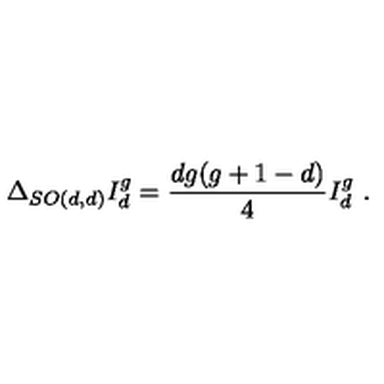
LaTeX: \Delta _ { S O ( d , d ) } I _ { d } ^ { g } = \frac { d g ( g + 1 - d ) } { 4 } I _ { d } ^ { g } \ .